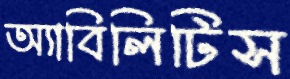
অ্যাবিলিটিস